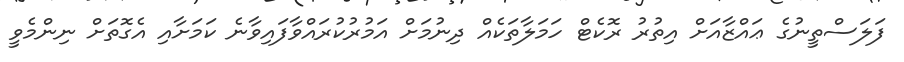
ފަލަސްތީނުގެ ޢައްޒާއަށް އިތުރު ރޮކެޓް ހަމަލާތަކެއް ދިނުމަށް އަމުރުކުރައްވާފައިވާނެ ކަމަށާއި އެގޮތަށް ނިންމެވީ